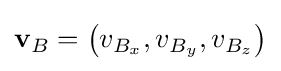
\mathbf {v} _{B}=\left(v_{B_{x}},v_{B_{y}},v_{B_{z}}\right)